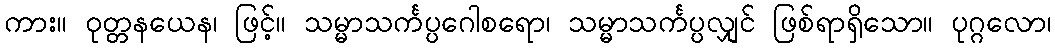
ကား။ ဝုတ္တနယေန၊ ဖြင့်။ သမ္မာသင်္ကပ္ပဂေါစရော၊ သမ္မာသင်္ကပ္ပလျှင် ဖြစ်ရာရှိသော။ ပုဂ္ဂလော၊